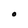
Character: O